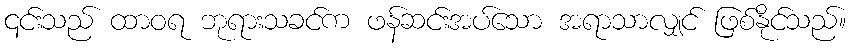
၎င်းသည် ထာဝရ ဘုရားသခင်က ဖန်ဆင်းအပ်သော အရာသာလျှင် ဖြစ်နိုင်သည်။